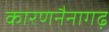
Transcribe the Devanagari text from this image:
कारणनैनागढ़